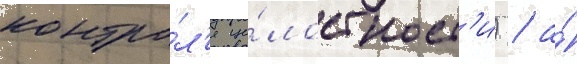
контро́л'я це́лостност'и) / а́